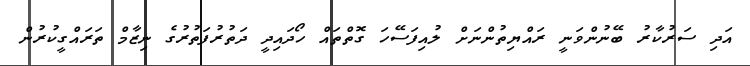
އަދި ސަރުކާރު ބޭނުންވަނީ ރައްޔިތުންނަށް ލުއިފަސޭހަ ގޮތްތައް ހޯދައިދީ ދަތުރުފަތުރުގެ ނިޒާމް ތަރައްގީކުރުން